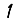
Digit: 1